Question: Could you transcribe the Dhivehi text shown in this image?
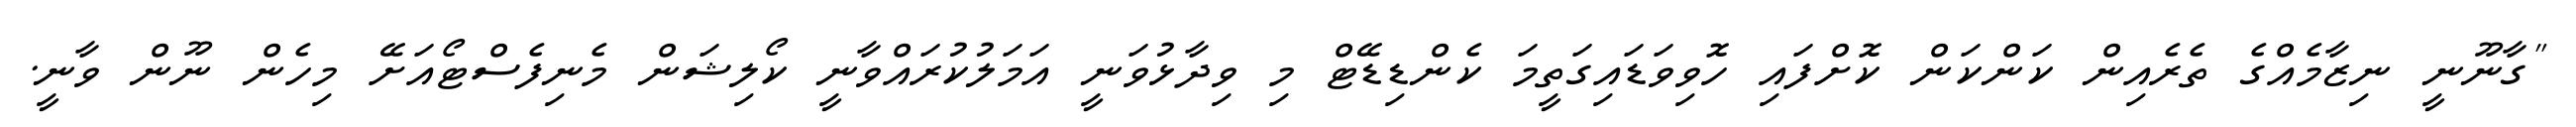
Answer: "ގާނޫނީ ނިޒާމެއްގެ ތެރެއިން ކަންކަން ކޮށްފައި ހޮވިވަޑައިގަތީމަ ކެންޑިޑޭޓް މި ވިދާޅުވަނީ އަމަލުކުރައްވާނީ ކޯލިޝަން މެނިފެސްޓޯއަށޭ މިހެން ނޫން ވާނީ.